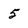
Character: 5